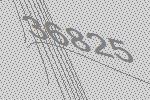
36825